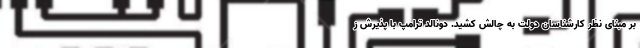
بر مبنای نظر کارشناسان دولت به چالش کشید. دونالد ترامپ با پذیرش ز